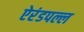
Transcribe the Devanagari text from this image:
ऐरंडपल्ल